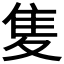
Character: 𨾏